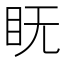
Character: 𱲦